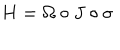
LaTeX: H = \Omega \circ J \circ \sigma